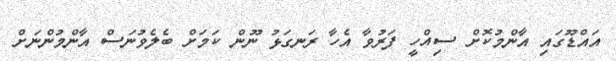
އައްޑޫގައި އާންމުކޮށް ސިއްހީ ފަރުވާ އެހާ ރަނގަޅު ނޫން ކަމަށް ބެލެވުނަސް އާންމުންނަށް